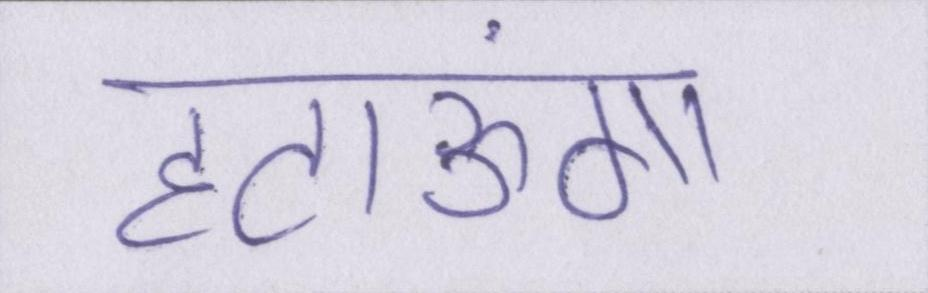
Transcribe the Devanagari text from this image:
हटाऊंगा